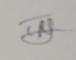
Signature authenticity: genuine